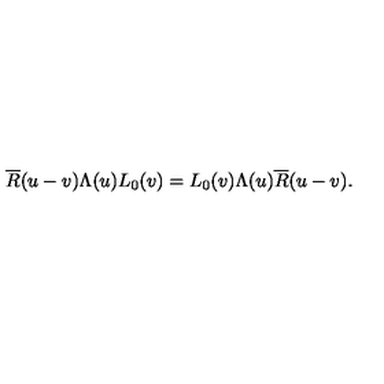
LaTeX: \overline { R } ( u - v ) \Lambda ( u ) L _ { 0 } ( v ) = L _ { 0 } ( v ) \Lambda ( u ) \overline { R } ( u - v ) .